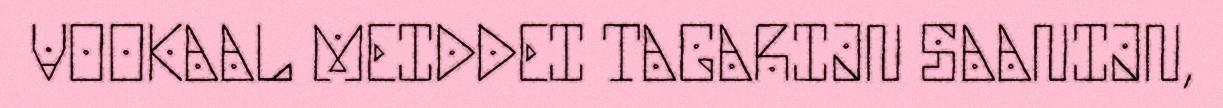
VOOKAAL MEIDDEI TAGARIJN SAANIJN,